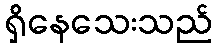
ရှိနေသေးသည်